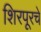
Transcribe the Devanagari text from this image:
शिरपूरचे